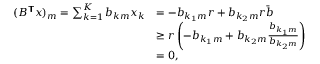
\begin{array} { r l } { ( B ^ { \boldsymbol { \mathsf { T } } } \boldsymbol { x } ) _ { m } = \sum _ { k = 1 } ^ { K } b _ { k m } x _ { k } } & { = - b _ { { k _ { 1 } } m } r + b _ { { k _ { 2 } } m } r \bar { b } } \\ & { \ge r \left( - b _ { { k _ { 1 } } m } + b _ { { k _ { 2 } } m } \frac { b _ { { k _ { 1 } } { m } } } { b _ { { k _ { 2 } } { m } } } \right) } \\ & { = 0 , } \end{array}